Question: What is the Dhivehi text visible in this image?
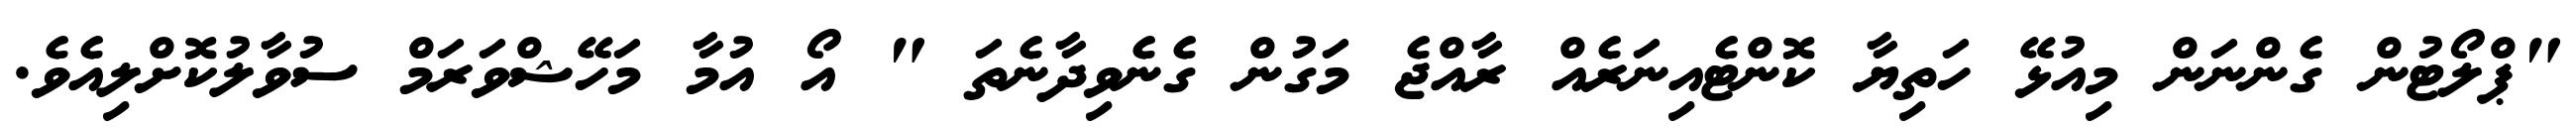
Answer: "ޕްލޯޓުން ގެންނަން މިއުޅޭ ހަތިޔާ ކޮންޓެއިނަރެއް ރާއްޖެ މަގުން ގެނެވިދާނެތަ " އޯ އުމާ މަހޭޝްވަރަމް ސުވާލުކޮށްލިއެވެ.